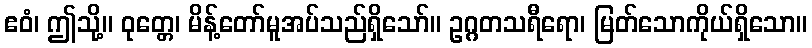
ဧဝံ၊ ဤသို့။ ဝုတ္တေ၊ မိန့်တော်မူအပ်သည်ရှိသော်။ ဥဂ္ဂတသရီရော၊ မြတ်သောကိုယ်ရှိသော။